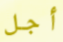
أجل